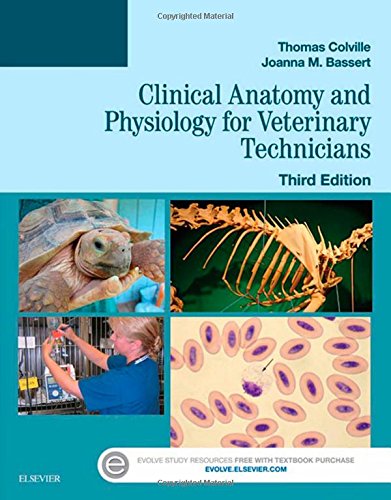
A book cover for Clinical Anatomy and Physiology for Veterinary Technicians, 3e; Thomas P. Colville DVM  MSc; Medical Books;